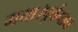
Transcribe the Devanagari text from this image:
गया।पूर्वमाघ